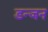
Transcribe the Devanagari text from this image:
डन्जन